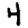
Digit: 4